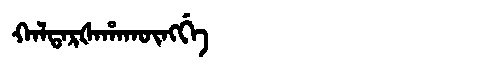
Manchu: ᡴᠠᠯᡨᠠᡵᡧᠠᡥᠠᡴᡡᠩᡤᡝ
Romanization: KALTARŠAHAKŪNGGE